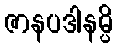
ဇာနပဒါနမ္ပိ